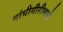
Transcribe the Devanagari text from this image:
गांधीगीरीमध्ये